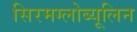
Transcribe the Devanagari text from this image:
सिरमग्लोब्यूलिन